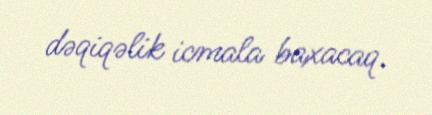
dəqiqəlik icmala baxacaq.